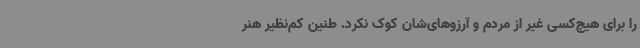
را برای هیچ‌کسی غیر از مردم و آرزوهای‌شان کوک نکرد. طنین کم‌نظیر هنر